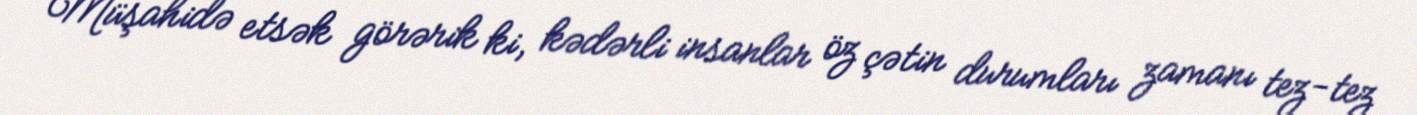
Müşahidə etsək görərik ki, kədərli insanlar öz çətin durumları zamanı tez-tez